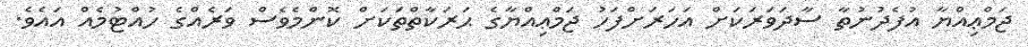
ޖަމްޢިއްޔާ އުފެދުނުތާ ސާދަވަރަކަށް އަހަރަށްފަހު ޖަމްޢިއްޔާގެ ޙަރަކާތްތަކަށް ކޮންމެވެސް ވަރެއްގެ ހުއްޓުމެއް އައެވެ.